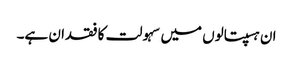
ان ہسپتالوں میں سہولت کا فقدان ہے۔